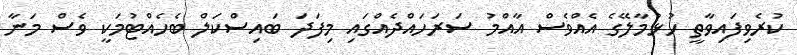
ކުރެވިފައިވާތީ ހުޅުމާލޭގެ އެއްވެސް އާއްމު ސަރަހައްދެއްގައި މިފަދަ ބައިސްކަލް ބެހެއްޓުމަކީ ވެސް މަނާ